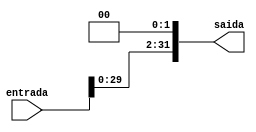
module shiftL2(entrada, saida);
	input [31:0] entrada;
	output reg [31:0] saida;
	
always @(entrada) begin
	
	saida = {entrada[29:0],2'b00};
	
end
endmodule